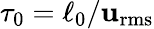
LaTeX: \tau_{0}=\ell_{0}/\mathbf{u}_{\mathrm{{rms}}}